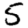
Digit: 5